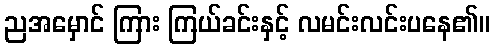
ညအမှောင် ကြား ကြယ်ခင်းနှင့် လမင်းလင်းပနေ၏။